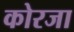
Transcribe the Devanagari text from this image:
कोरजा